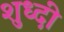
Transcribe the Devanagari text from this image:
शुध्दी